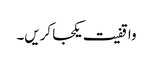
واقفیت یکجا کریں۔